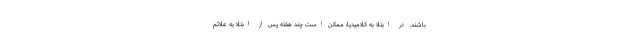
باشند. در ابتلا به کلامیدیا، ممکن است چند هفته پس از ابتلا به علائم